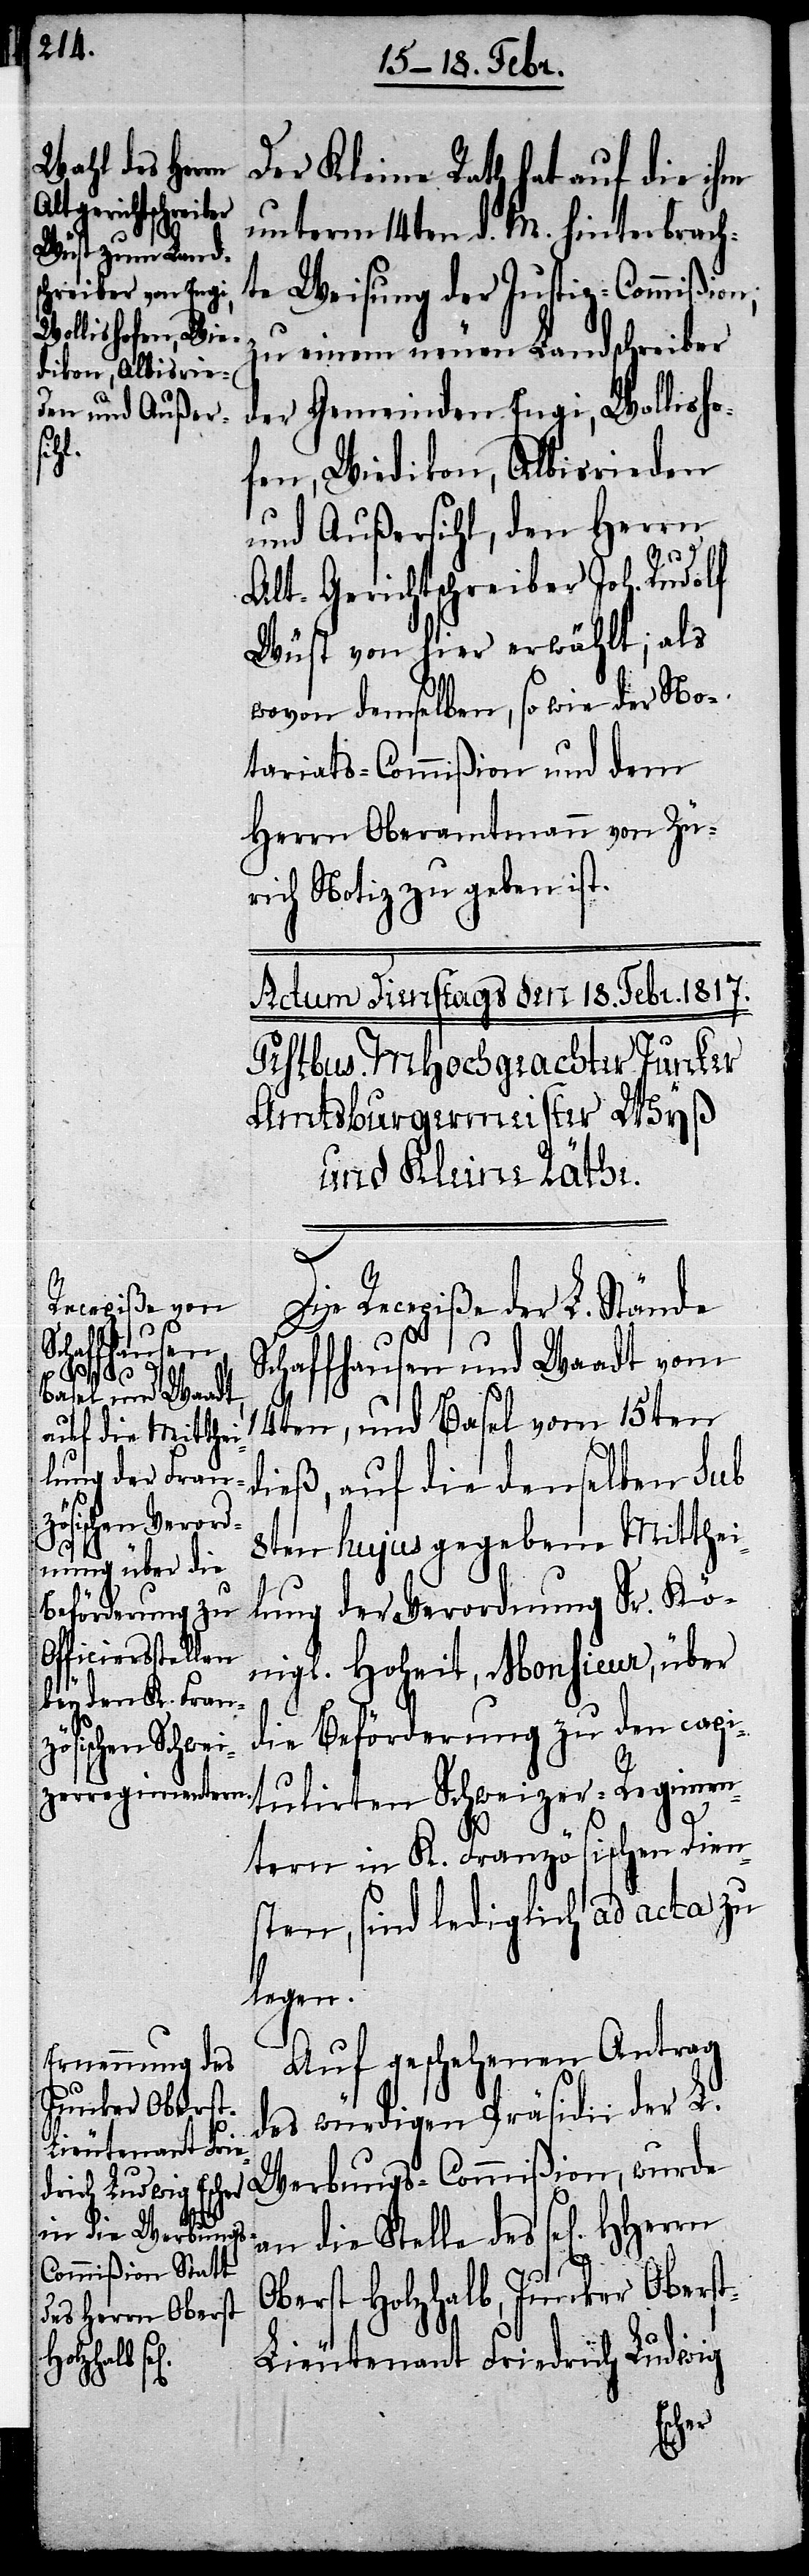
Der Kleine Rath hat auf die ihm
unterm 14ten d. M. hinterbrach¬
te Weisung der Justiz-Commißion,
zu einem neuen Landschreiber
der Gemeinden Engi, Wollisho¬
fen, Wiedikon, Albisrieden
und Außersihl, den Herrn
Alt-Gerichtschreiber Joh. Rudolf
Wüst von hier erwählt; als
wovon demselben, so wie der No¬
tariats-Commißion und dem
Herrn Oberamtmann von Zür¬
ich Notiz zu geben ist.
Die Recepiße der L. Stände
Schaffhausen und Waadt vom
14ten, und Basel vom 15ten
dieß, auf die denselben Sub
8ten hujus gegebene Mitthei¬
lung der Verordnung Sr. Kö¬
nigl. Hoheit, Monsieur, über
die Beförderung zu den capi¬
tulirten Schweizer-Regimen¬
tern in K. Französischen Deins¬
ten, sind lediglich ad acta zu
legen.
Auf geschehenen Antrag
des würdigen Präsidii der L.
Werbungs-Commißion, wurde
an die Stelle des sel[igen]
HHerrn
Oberst Holzhalb, Junker Obers¬
t-Lieutenant Friedrich Ludwig